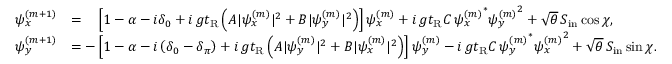
\begin{array} { r l } { \psi _ { x } ^ { ( m + 1 ) } } & { = \phantom { - } \left[ 1 - \alpha - i \delta _ { 0 } + i \, g t _ { \mathrm { R } } \left( A | \psi _ { x } ^ { ( m ) } | ^ { 2 } + B | \psi _ { y } ^ { ( m ) } | ^ { 2 } \right) \right] \psi _ { x } ^ { ( m ) } + i \, g t _ { \mathrm { R } } C \, { \psi _ { x } ^ { ( m ) } } ^ { * } { \psi _ { y } ^ { ( m ) } } ^ { 2 } + \sqrt { \theta } \, S _ { \mathrm { i n } } \cos \chi , } \\ { \psi _ { y } ^ { ( m + 1 ) } } & { = - \left[ 1 - \alpha - i \left( \delta _ { 0 } - \delta _ { \pi } \right) + i \, g t _ { \mathrm { R } } \left( A | \psi _ { y } ^ { ( m ) } | ^ { 2 } + B | \psi _ { x } ^ { ( m ) } | ^ { 2 } \right) \right] \psi _ { y } ^ { ( m ) } - i \, g t _ { \mathrm { R } } C \, { \psi _ { y } ^ { ( m ) } } ^ { * } { \psi _ { x } ^ { ( m ) } } ^ { 2 } + \sqrt { \theta } \, S _ { \mathrm { i n } } \sin \chi . } \end{array}